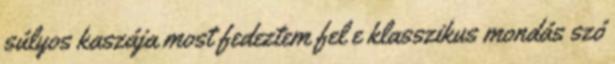
súlyos kaszája most fedeztem fel e klasszikus mondás szó